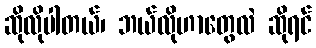
ဆိုလိုပါတယ်၊ ဘယ်လိုဟာတွေလဲ ဆိုရင်